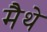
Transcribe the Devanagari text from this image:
मैथे